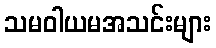
သမဝါယမအသင်းများ